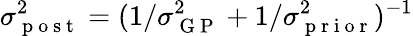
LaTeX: \sigma_{\mathrm{~p~o~s~t~}}^{2}=(1/\sigma_{\mathrm{~G~P~}}^{2}+1/\sigma_{\mathrm{~p~r~i~o~r~}}^{2})^{-1}